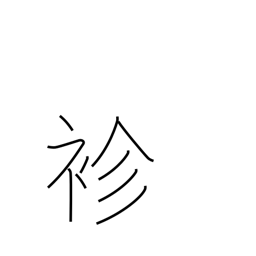
Meaning: thin kimono